Civil Veterinary Dept. Bombay admin report 1900-1906 - 1900-1906
Year: 1900
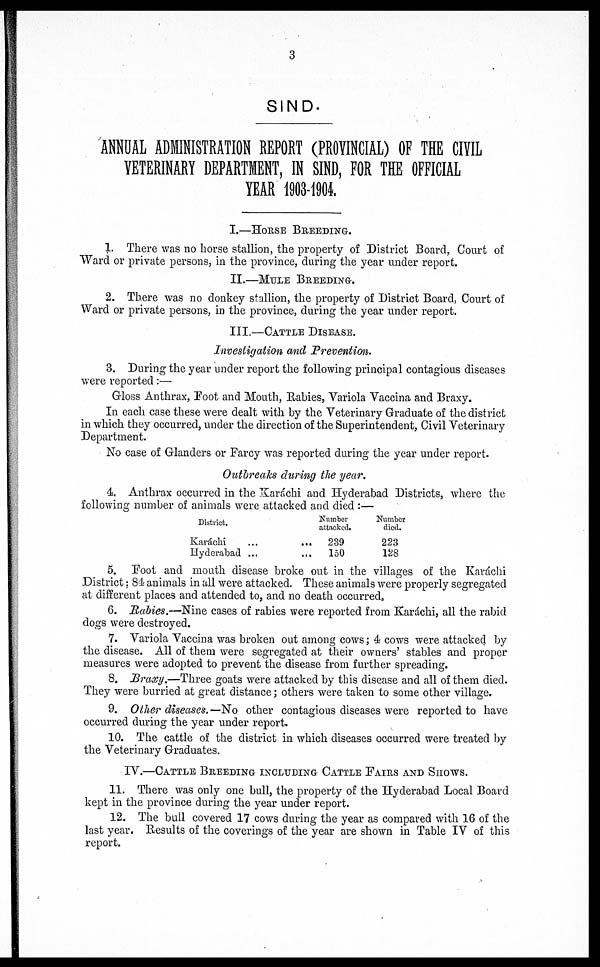
3
SIND.
ANNUAL ADMINISTRATION REPORT (PROVINCIAL) OF THE CIVIL
VETERINARY DEPARTMENT, IN SIND, FOR THE OFFICIAL
YEAR 1903-1904
I.—HORSE BREEDING.
1. There was no horse stallion, the property of District Board, Court of
Ward or private persons, in the province, during the year under report.
II.—MULE BREEDING.
2. There was no donkey stallion, the property of District Board, Court of
Ward or private persons, in the province, during the year under report.
Ill—CATTLE DISEASE.
Investigation and Prevention.
3. During the year under report the following principal contagious diseases
were reported:—
Gloss Anthrax, Foot and Mouth, Rabies, Variola Vaccina and Braxy.
In each case these were dealt with by the Veterinary Graduate of the district
in which they occurred, under the direction of the Superintendent, Civil Veterinary
Department.
No case of Glanders or Farcy was reported during the year under report.
Outbreaks during the year.
4s. Anthrax occurred in the Karachi and Hyderabad Districts, where the
following number of animals were attacked and died :—
District.
Karáchi
...
...
Hyderabad ...
...
Number
attacked.
239
150
Number
died.
223
128
5. Foot and mouth disease broke out in the villages of the Karachi
District: 84 animals in all were attacked. These animals were properly segregated
at different places and attended to, and no death occurred,
6. Rabies.—Nine cases of rabies were reported from Karáchi, all the rabid
dogs were destroyed.
7. Variola Vaccina was broken out among cows; 4 cows were attacked by
the disease. All of them were segregated at their owners' stables and proper
measures were adopted to prevent the disease from further spreading.
8. Braxy.—Three goats were attacked by this disease and all of them died.
They were burried at great distance; others were taken to some other village.
9. Other diseases.—No other contagious diseases were reported to have
occurred during the year under report.
10. The cattle of the district in which diseases occurred were treated by
the Veterinary Graduates.
IV.—CATTLE BREEDING INCLUDING CATTLE FAIRS AND SHOWS.
11. There was only one bull, the property of the Hyderabad Local Board
kept in the province during the year under report.
12. The bull covered 17 cows during the year as compared with 16 of the
last year. Results of the coverings of the year are shown in Table IV of this
report.